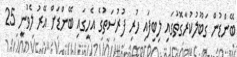
ބޭންޑުން ގަބޫލުކުރާގޮތުގައި ލިބިފައި ހުރި ފުރުސަތުގެ އެހީގައި ބޭންޑަށް އޭރު ލެވުނީ 25